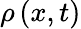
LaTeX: \rho\left(x,t\right)